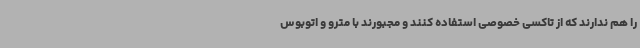
را هم ندارند که از تاکسی خصوصی استفاده کنند و مجبورند با مترو و اتوبوس